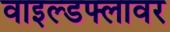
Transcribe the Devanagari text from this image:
वाइल्डफ्लावर